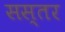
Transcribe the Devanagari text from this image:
सस्तर